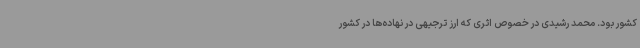
کشور بود. محمد رشیدی در خصوص اثری که ارز ترجیهی در نهاده‌ها در کشور